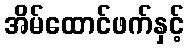
အိမ်ထောင်ဖက်နှင့်